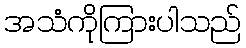
အသံကိုကြားပါသည်